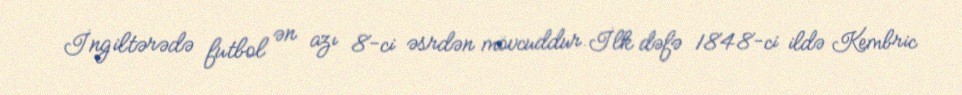
İngiltərədə futbol ən azı 8-ci əsrdən mövcuddur.İlk dəfə 1848-ci ildə Kembric